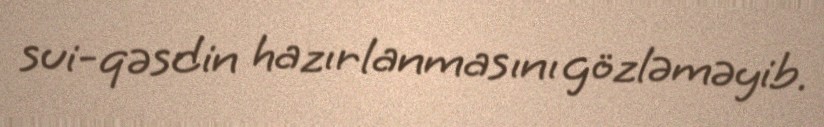
sui-qəsdin hazırlanmasını gözləməyib.